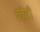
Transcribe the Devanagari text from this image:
बढ़ौत्री